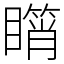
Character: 𥋘